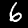
Label: 6